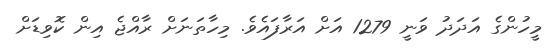
މީހުންގެ އަދަދު ވަނީ 1279 އަށް އަރާފައެވެ. މިހާތަނަށް ރާއްޖެ އިން ކޮވިޑަށް